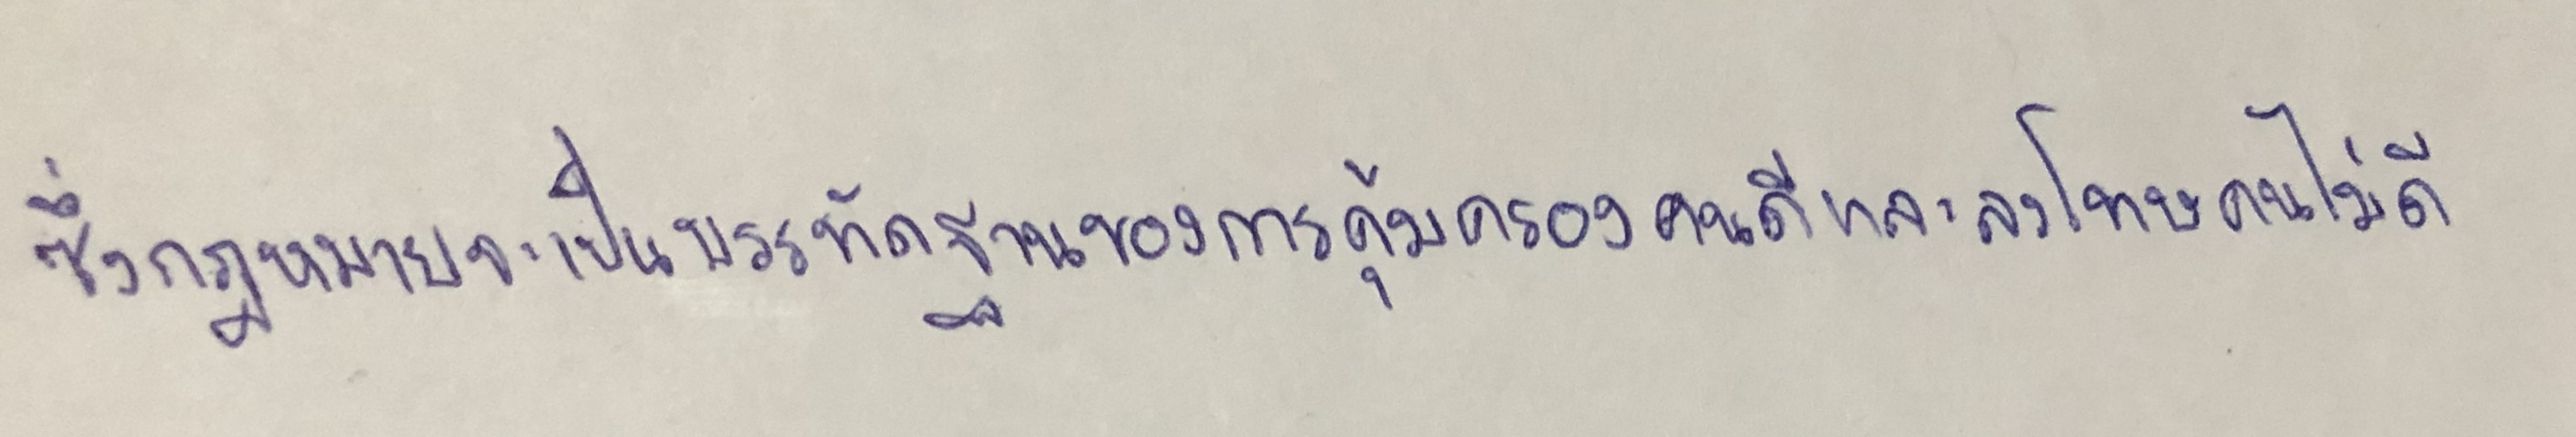
ซึ่งกฎหมายจะเป็นบรรทัดฐานของการคุ้มครองคนดีและลงโทษคนไม่ดี